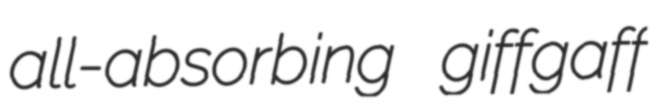
all-absorbing giffgaff